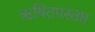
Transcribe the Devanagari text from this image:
ऋषितपस्तप्त